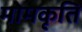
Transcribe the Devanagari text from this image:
मोमकृति